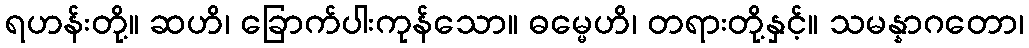
ရဟန်းတို့။ ဆဟိ၊ ခြောက်ပါးကုန်သော။ ဓမ္မေဟိ၊ တရားတို့နှင့်။ သမန္နာဂတော၊